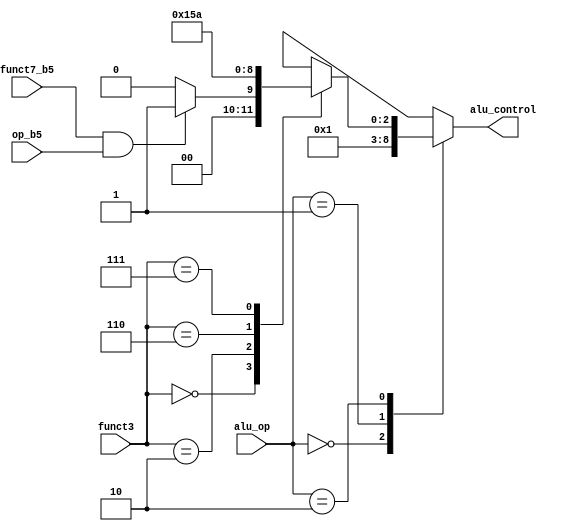
`timescale 1ns / 1ps

module alu_decoder(op_b5,funct3,funct7_b5,alu_op,alu_control);

input op_b5;
input [2:0] funct3;
input funct7_b5;
input [1:0] alu_op;
output reg [2:0] alu_control;

reg RtypeSub;

always @* 
begin
    RtypeSub = funct7_b5 & op_b5;

    case(alu_op)
        2'b00: alu_control = 3'b000; // addition
        2'b01: alu_control = 3'b001; // subtraction
        2'b10: 
        begin
            case(funct3)
                3'b000: 
                begin
                    if (RtypeSub)
                        alu_control = 3'b001;       // sub
                    else
                        alu_control = 3'b000;       // add, addi
                end
                3'b010: alu_control = 3'b101;       // slt, slti
                3'b110: alu_control = 3'b011;       // or, ori
                3'b111: alu_control = 3'b010;       // and, andi
                default: alu_control = 3'bxxx;      
            endcase
        end
        default: alu_control = 3'bxxx;
    endcase
end

endmodule